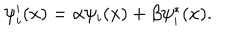
\psi _ { i } ^ { \prime } ( x ) = \alpha \psi _ { i } ( x ) + \beta \psi _ { i } ^ { * } ( x ) .